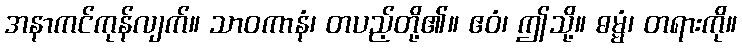
အနာကင်ကုန်လျက်။ သာဝကာနံ၊ တပည့်တို့၏။ ဧဝံ၊ ဤသို့။ ဓမ္မံ၊ တရားကို။